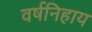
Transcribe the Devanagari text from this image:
वर्षनिहाय